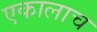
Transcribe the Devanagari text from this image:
एकालाच